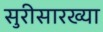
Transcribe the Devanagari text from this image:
सुरीसारख्या